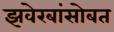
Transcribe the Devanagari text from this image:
झवेरबांसोबत